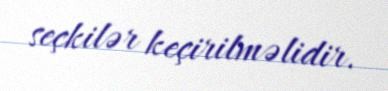
seçkilər keçirilməlidir.